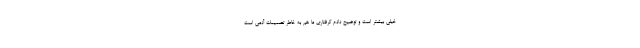
خیلی بیشتر است و توضیح دادم گرفتاری ما هم به خاطر تصمیمات آدمی است